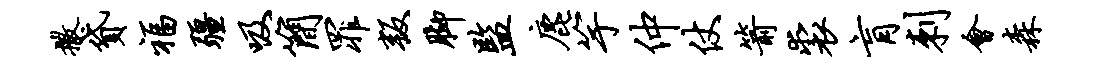
撒贷福疆吸简罪叛脚监鹿竽仲仗箭裘肓刺会森